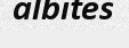
albites